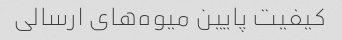
کیفیت پایین میوه‌های ارسالی